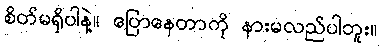
စိတ်မရှိပါနဲ့။ ပြောနေတာကို နားမလည်ပါဘူး။